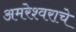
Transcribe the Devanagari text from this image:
अमरेश्वराचे